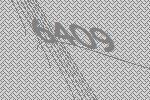
6409